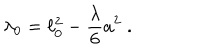
LaTeX: \lambda _ { 0 } = \ell _ { 0 } ^ { 2 } - \frac { \lambda } { 6 } a ^ { 2 } \; .